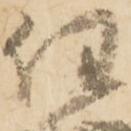
任